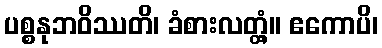
ပစ္စနုဘဝိဿတိ၊ ခံစားလတ္တံ့။ ဧကောပိ၊